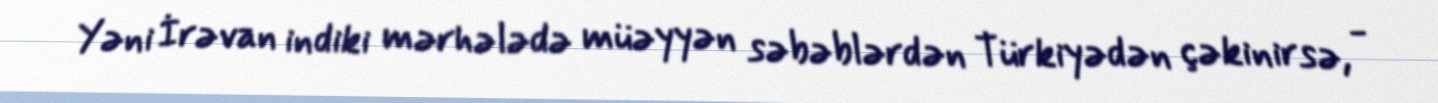
Yəni İrəvan indiki mərhələdə müəyyən səbəblərdən Türkiyədən çəkinirsə, -